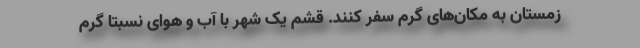
زمستان به مکان‌های گرم سفر کنند. قشم یک شهر با آب و هوای نسبتا گرم